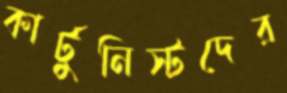
কার্টুনিস্টদের